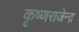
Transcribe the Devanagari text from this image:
कृष्णराजेन्द्र